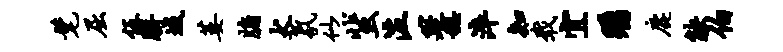
髦屈伍胼城萎牖犬氛似蜚泣筵稳淬知戢宜瞩鹿觖伯